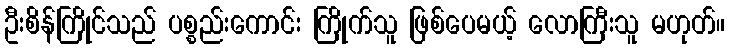
ဦးစိန်ကြိုင်သည် ပစ္စည်းကောင်း ကြိုက်သူ ဖြစ်ပေမယ့် လောကြီးသူ မဟုတ်။